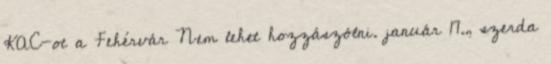
KAC-ot a Fehérvár Nem lehet hozzászólni. január 17., szerda